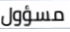
مسؤول